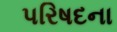
પરિષદના